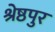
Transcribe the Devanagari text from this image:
श्रेष्ठपुर